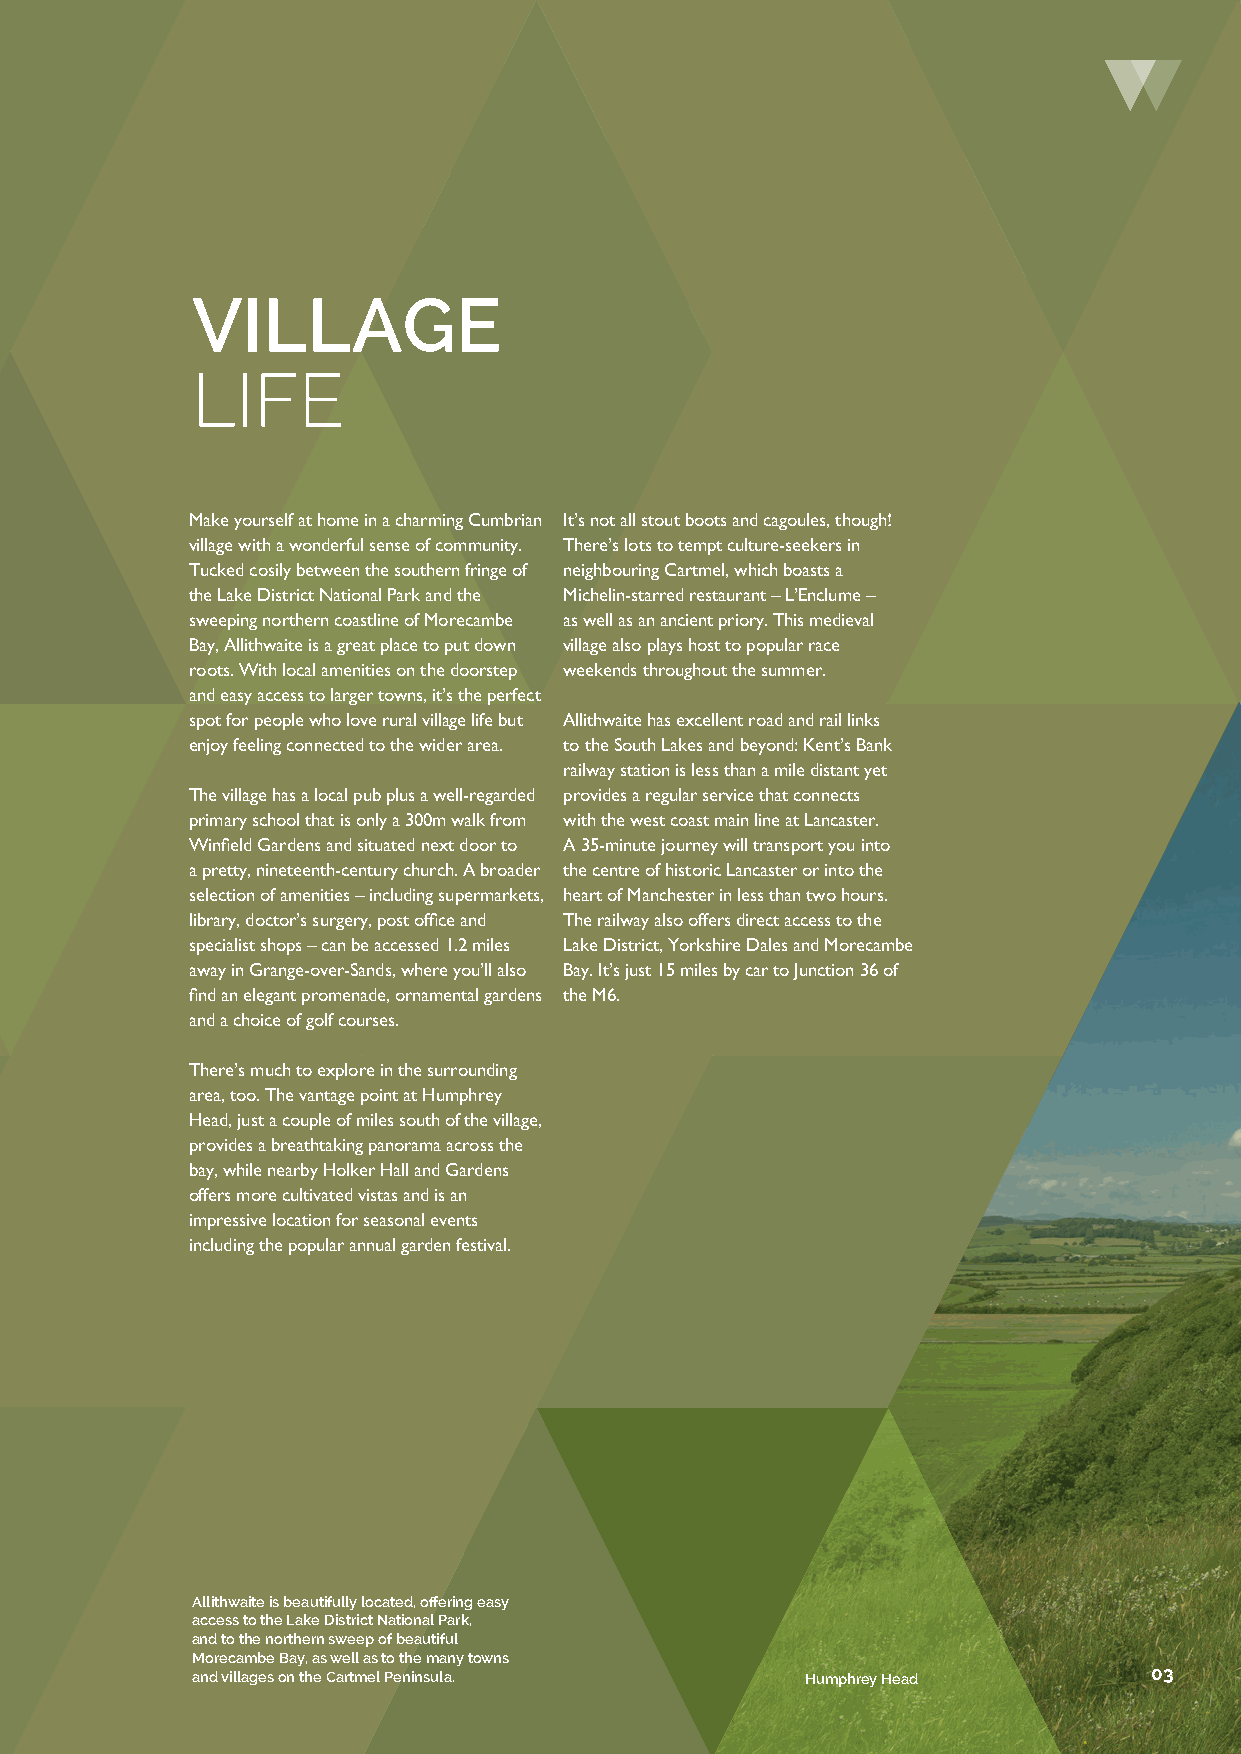
VILLAGE
 LIFE
 Make yourself at home in a charming Cumbrian It’s not all stout boots and cagoules, though!
 village with a wonderful sense of community. There’s lots to tempt culture-seekers in
 Tucked cosily between the southern fringe of neighbouring Cartmel, which boasts a
 the Lake District National Park and the Michelin-starred restaurant – L’Enclume –
 sweeping northern coastline of Morecambe as well as an ancient priory. This medieval
 Bay, Allithwaite is a great place to put down village also plays host to popular race
 roots. With local amenities on the doorstep weekends throughout the summer.
 and easy access to larger towns, it’s the perfect
 spot for people who love rural village life but Allithwaite has excellent road and rail links
 enjoy feeling connected to the wider area. to the South Lakes and beyond: Kent’s Bank
 railway station is less than a mile distant yet
 The village has a local pub plus a well-regarded provides a regular service that connects
 primary school that is only a 300m walk from with the west coast main line at Lancaster.
 Winfield Gardens and situated next door to A 35-minute journey will transport you into
 a pretty, nineteenth-century church. A broader the centre of historic Lancaster or into the
 selection of amenities – including supermarkets, heart of Manchester in less than two hours.
 library, doctor’s surgery, post office and The railway also offers direct access to the
 specialist shops – can be accessed 1.2 miles Lake District, Yorkshire Dales and Morecambe
 away in Grange-over-Sands, where you’ll also Bay. It’s just 15 miles by car to Junction 36 of
 find an elegant promenade, ornamental gardens the M6.
 and a choice of golf courses.
 There’s much to explore in the surrounding
 area, too. The vantage point at Humphrey
 Head, just a couple of miles south of the village,
 provides a breathtaking panorama across the
 bay, while nearby Holker Hall and Gardens
 offers more cultivated vistas and is an
 impressive location for seasonal events
 including the popular annual garden festival.
 Allithwaite is beautifully located, offering easy
 access to the Lake District National Park,
 and to the northern sweep of beautiful
 Morecambe Bay, as well as to the many towns
 and villages on the Cartmel Peninsula.  Humphrey Head          03